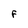
Character: F